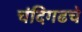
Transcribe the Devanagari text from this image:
चंदिगढचे